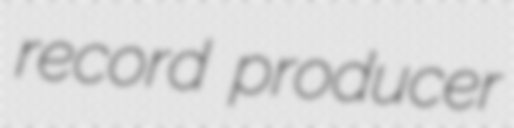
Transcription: record producer